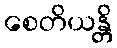
စေတိယန္တိ